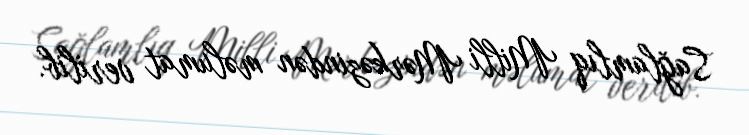
Sağlamlıq Milli Mərkəzindən məlumat verilib.